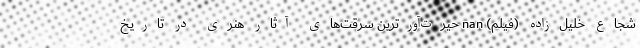
شجاع خلیل‌زاده (فیلم) nan حیرت‌آور‌ترین سرقت‌های آثار هنری در تاریخ